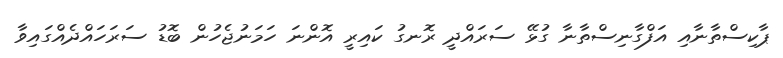
ޕާކިސްތާނާއި އަފްގާނިސްތާނާ ގުޅޭ ސަރައްދީ ރޮނގު ކައިރީ އޮންނަ ހަމަނުޖެހުން ބޮޑު ސަރަހައްދެއްގައިވާ